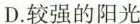
D.较强的阳光